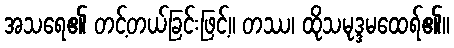
အသရေ၏ တင့်တယ်ခြင်းဖြင့်။ တဿ၊ ထိုသမုဒ္ဒမထေရ်၏။